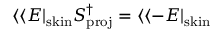
\langle \langle E | _ { \mathrm { s k i n } } S _ { \mathrm { p r o j } } ^ { \dag } = \langle \langle - E | _ { \mathrm { s k i n } }